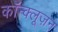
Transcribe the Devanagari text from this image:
कॉन्क्लूज़न